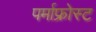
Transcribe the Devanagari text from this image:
पर्माफ्रोस्ट